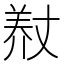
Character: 𮊨